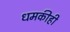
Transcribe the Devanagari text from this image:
धमकीही